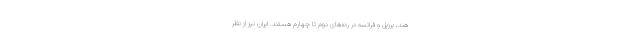
هند، برزیل و فرانسه در رده‌های دوم تا چهارم هستند. ایران نیز از نظر